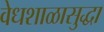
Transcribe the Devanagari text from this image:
वेधशाळासुद्धा